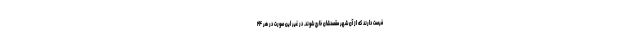
فرصت دارند که از آن شهر مقصدشان خارج شوند. در غیر این صورت در هر ۲۴